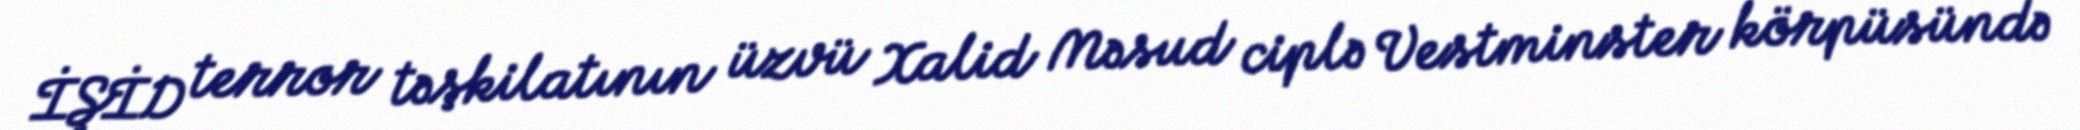
İŞİD terror təşkilatının üzvü Xalid Məsud ciplə Vestminster körpüsündə